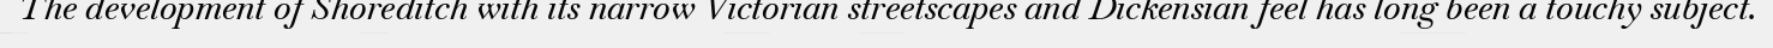
The development of Shoreditch with its narrow Victorian streetscapes and Dickensian feel has long been a touchy subject.